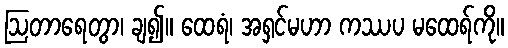
ဩတာရေတွာ၊ ချ၍။ ထေရံ၊ အရှင်မဟာ ကဿပ မထေရ်ကို။